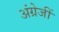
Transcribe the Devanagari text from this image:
अंग्रेजीं